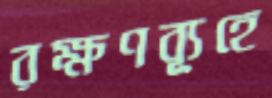
রক্ষণব্যূহে